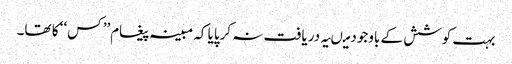
بہت کوشش کے باوجود میںیہ دریافت نہ کرپایا کہ مبینہ پیغام’’ کس‘‘ کا تھا۔